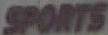
SPORTS